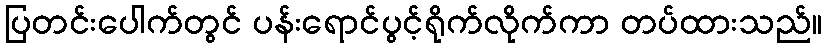
ပြတင်းပေါက်တွင် ပန်းရောင်ပွင့်ရိုက်လိုက်ကာ တပ်ထားသည်။